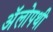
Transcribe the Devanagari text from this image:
अॅलोपथी